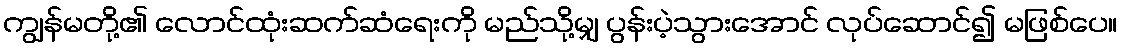
ကျွန်မတို့၏ လောင်ထုံးဆက်ဆံရေးကို မည်သို့မျှ ပွန်းပဲ့သွားအောင် လုပ်ဆောင်၍ မဖြစ်ပေ။